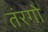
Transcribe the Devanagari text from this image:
तंरगो